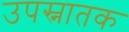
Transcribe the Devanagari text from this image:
उपस्नातक